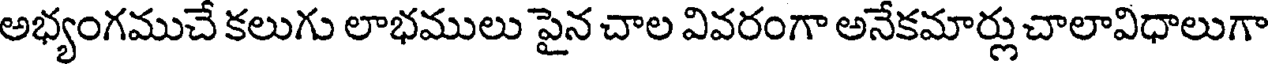
అభ్యంగముచే కలుగు లాభములు పైన చాల వివరంగా అనేకమార్లు చాలావిధాలుగా